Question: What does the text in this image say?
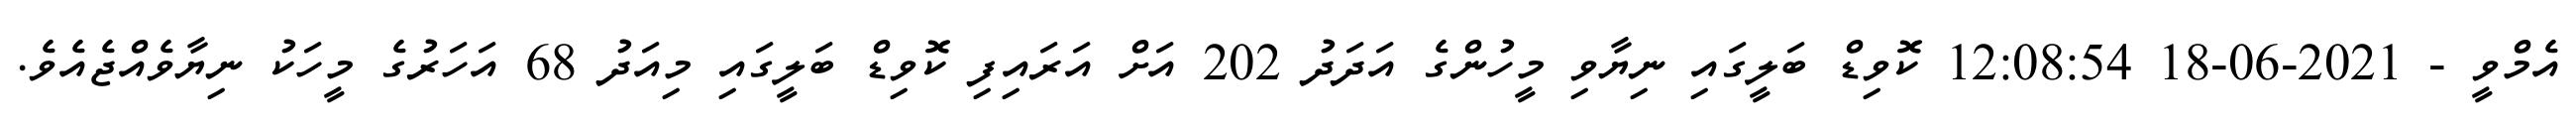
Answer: އެމްވީ - 2021-06-18 12:08:54 ކޮވިޑް ބަލީގައި ނިޔާވި މީހުންގެ އަދަދު 202 އަށް އަރައިފި ކޮވިޑް ބަލީގައި މިއަދު 68 އަހަރުގެ މީހަކު ނިޔާވެއްޖެއެވެ.